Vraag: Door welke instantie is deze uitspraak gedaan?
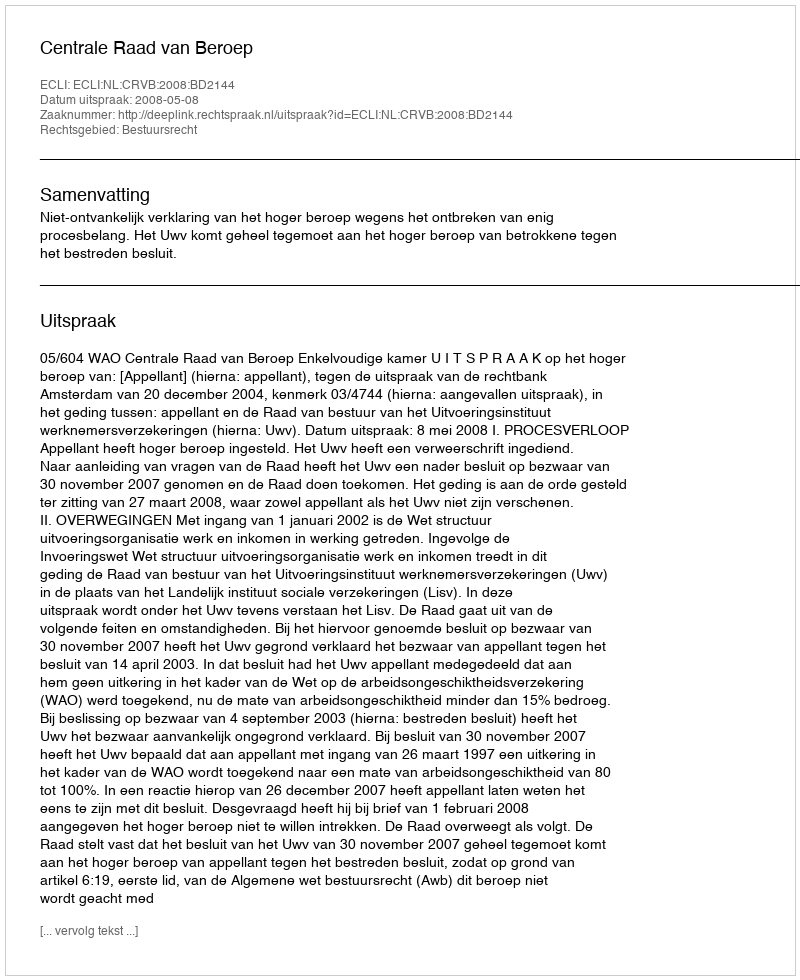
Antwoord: Centrale Raad van Beroep